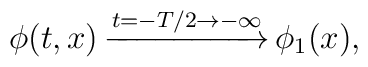
\phi(t,x)\,{\buildrel t=-T/2\to-\infty\over{\hbox to60pt{\rightarrowfill}}}\,\phi_1(x),